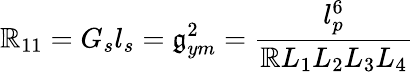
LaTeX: \mathbb{R}_{11}=G_{s}l_{s}=\mathfrak{g}_{ym}^{2}=\frac{{l_{p}^{6}}}{{\mathbb{R}L_{1}L_{2}L_{3}L_{4}}}